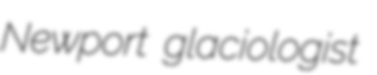
Newport glaciologist